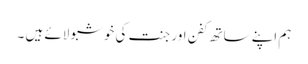
ہم اپنے ساتھ کفن اور جنت کی خوشبو لائے ہیں ۔